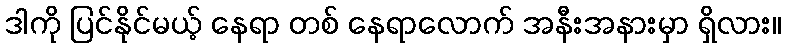
ဒါကို ပြင်နိုင်မယ့် နေရာ တစ် နေရာလောက် အနီးအနားမှာ ရှိလား။